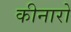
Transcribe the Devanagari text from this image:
कीनारो